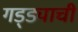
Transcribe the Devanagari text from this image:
गड्ड्याची